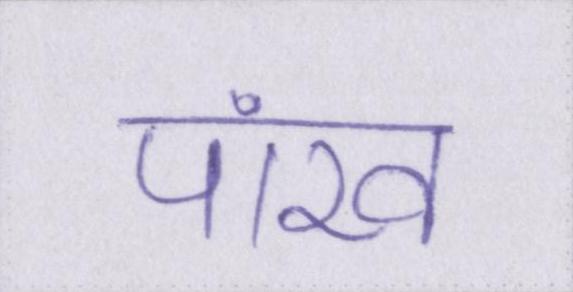
पांख